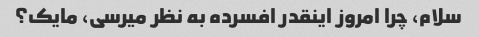
سلام، چرا امروز اینقدر افسرده به نظر میرسی، مایک؟